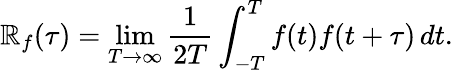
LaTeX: \mathbb{R}_{f}(\tau)=\operatorname*{lim}_{T\rightarrow\infty}{\frac{{1}}{{2T}}}\int_{-T}^{T}f(t)f(t+\tau)\, dt.